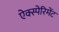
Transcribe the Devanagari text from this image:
ऐक्स्पेरिमेंट